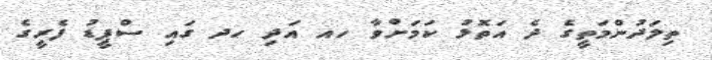
ތިލަދުންމަތީގެ ދެ އަތޮޅު ކަމަށްވާ ހއ އަދި ހދ ގައި ސްޕީޑު ފެރީގެ